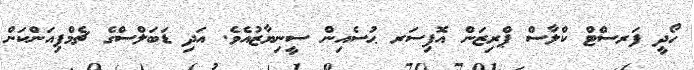
ހޯދީ ފަރސްޓް ކްލާސް ޕްރިޒަން އޮފިސަރ ޙުސެއިން ސީނިޔާޒުއެވެ. އަދި ޑަބަލްސްގެ ޗެމްޕިއަންކަން